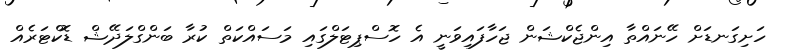
ހަށިގަނޑަށް ހޭނައްތާ އިންޖެކްޝަން ޖަހާފައިވަނީ އެ ހޮސްޕިޓަލްގައި މަސައްކަތް ކުރާ ބަންގްލަދޭޝް ޑޮކްޓަރެއް